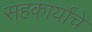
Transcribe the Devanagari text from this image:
सहकार्यांचे